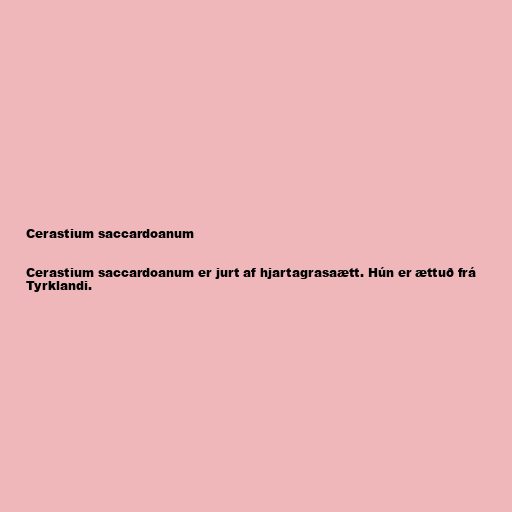
Cerastium saccardoanum

Cerastium saccardoanum er jurt af hjartagrasaætt. Hún er ættuð frá
Tyrklandi.